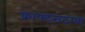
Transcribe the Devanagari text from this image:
क्राफ्ट्सटाक